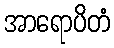
အာရောပိတံ